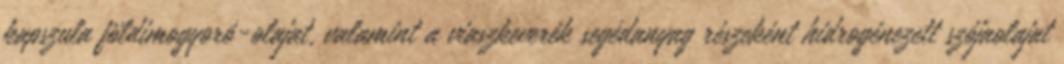
kapszula földimogyoró-olajat, valamint a viaszkeverék segédanyag részeként hidrogénezett szójaolajat